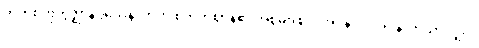
တိကစတုက္ကဇ္ဈာနဝသေန၊ တိက စတုက္ကဈာန်၏ အစွမ်းဖြင့်။ အပ္ပနာဝ၊ အပ္ပနာကိုသာလျှင်။